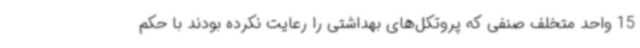
15 واحد متخلف صنفی که پروتکل‌های بهداشتی را رعایت نکرده بودند با حکم